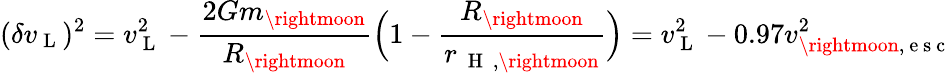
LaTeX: (\delta v_{\mathrm{~L~}})^{2}=v_{\mathrm{~L~}}^{2}-\frac{2Gm_{\rightmoon}}{R_{\rightmoon}}\Big(1-\frac{R_{\rightmoon}}{r_{\mathrm{~\mathrm{~H~}~},{\rightmoon}}}\Big)=v_{\mathrm{~L~}}^{2}-0.97v_{{\rightmoon},\mathrm{~e~s~c~}}^{2}